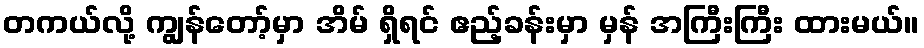
တကယ်လို့ ကျွန်တော့်မှာ အိမ် ရှိရင် ဧည့်ခန်းမှာ မှန် အကြီးကြီး ထားမယ်။